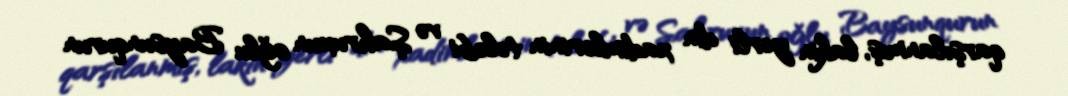
qarşılanmış, lakin yerli din xadimlərinin tələbi və Şahruxun oğlu Baysunqurun